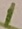
Text: 1